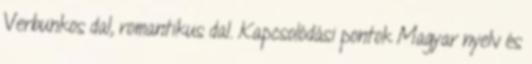
Verbunkos dal, romantikus dal. Kapcsolódási pontok Magyar nyelv és